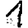
Digit: 1